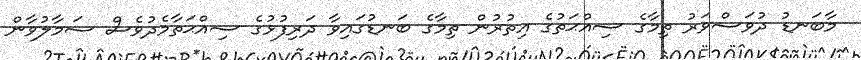
މާބަނޑު ދުވަސްވަރު ތިމާގެ ސިއްޙަތުގެ އިތުރުން ތިމާގެ ބަނޑުގައިވާ ދަރިފުޅުގެ ސިއްޙަތާމެދުވެސް ސަމާލުވާން